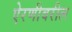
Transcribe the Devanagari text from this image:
ऐरणीवरील